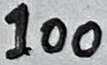
Text: 100